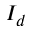
I _ { d }